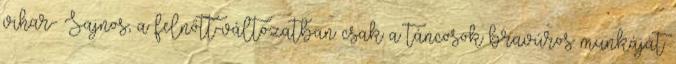
vihar- Sajnos, a felnőtt-változatban csak a táncosok bravúros munkáját